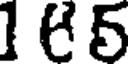
165